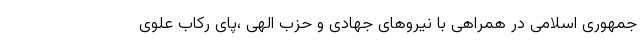
جمهوری اسلامی در همراهی با نیروهای جهادی و حزب الهی ،پای رکاب علوی